Black-water fever - Number 35
Disease focus: Fever
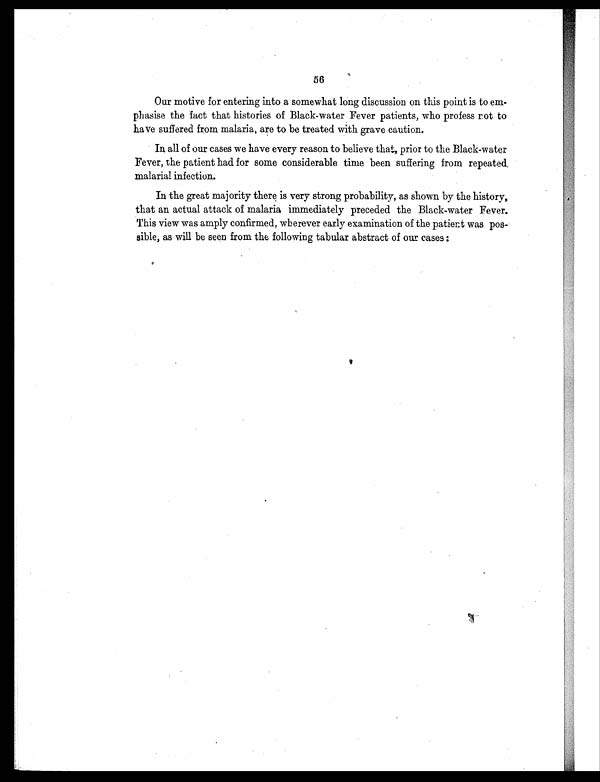
56
Our motive for entering into a somewhat long discussion on this point is to em-
phasise the fact that histories of Black-water Fever patients, who profess not to
have suffered from malaria, are to be treated with grave caution.
In all of our cases we have every reason to believe that, prior to the Black-water
Fever, the patient had for some considerable time been suffering from repeated.
malarial infection.
In the great majority there is very strong probability, as shown by the history,
that an actual attack of malaria immediately preceded the Black-water Fever.
This view was amply confirmed, wherever early examination of the patient was pos-
sible, as will be seen from the following tabular abstract of our cases :